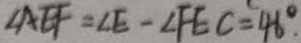
\angle A E F = \angle E - \angle F E C = 4 6 ^ { \circ } .